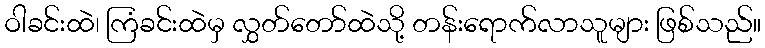
ဝါခင်းထဲ၊ ကြံခင်းထဲမှ လွှတ်တော်ထဲသို့ တန်းရောက်လာသူများ ဖြစ်သည်။